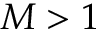
M > 1